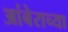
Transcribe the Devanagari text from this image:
आंबेराच्या